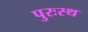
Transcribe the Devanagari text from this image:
पुरःस्थ